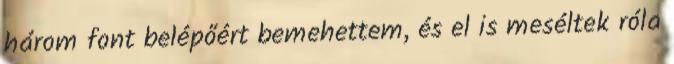
három font belépőért bemehettem, és el is meséltek róla